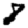
Digit: 8